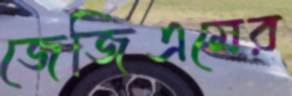
জেজিএমের